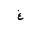
Letter: _gayn